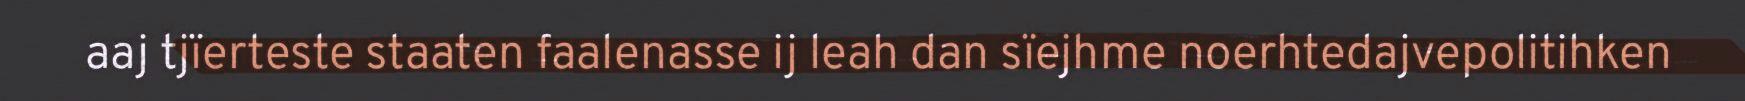
aaj tjïerteste staaten faalenasse ij leah dan sïejhme noerhtedajvepolitihken